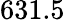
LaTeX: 631.5